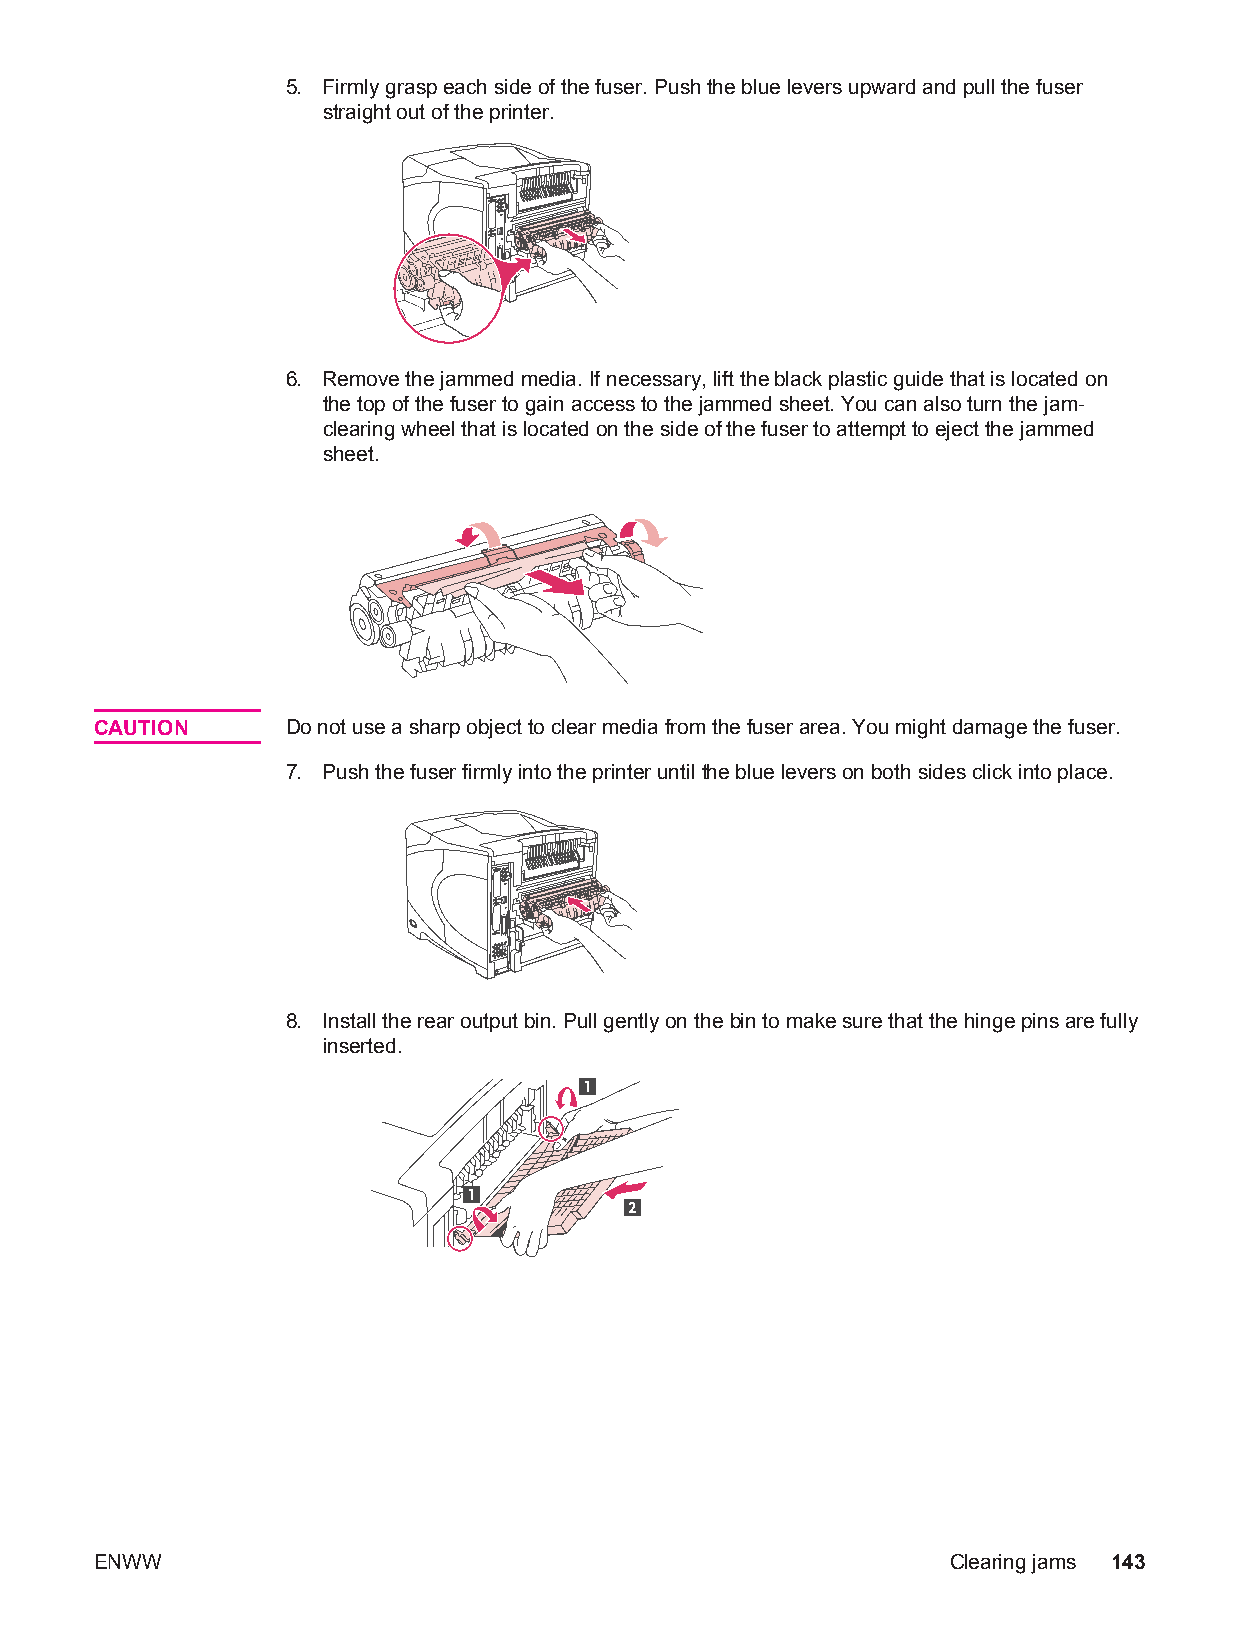
5. Firmly grasp each side of the fuser. Push the blue levers upward and pull the fuser
 straight out of the printer.
 6. Remove the jammed media. If necessary, lift the black plastic guide that is located on
 the top of the fuser to gain access to the jammed sheet. You can also turn the jam-
 clearing wheel that is located on the side of the fuser to attempt to eject the jammed
 sheet.
 CAUTION      Do not use a sharp object to clear media from the fuser area. You might damage the fuser.
 7. Push the fuser firmly into the printer until the blue levers on both sides click into place.
 8. Install the rear output bin. Pull gently on the bin to make sure that the hinge pins are fully
 inserted.
 1
 1
 2
 ENWW                                                     Clearing jams 143